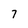
Character: 7